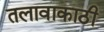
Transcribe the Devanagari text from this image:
तलावाकाठी